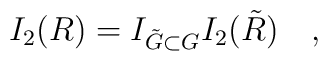
I_2(R) = I_{\tilde{G}\subset G} I_2(\tilde{R}) \quad,